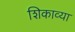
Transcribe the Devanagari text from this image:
शिकाव्या